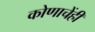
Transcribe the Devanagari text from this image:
कोणाचेंही